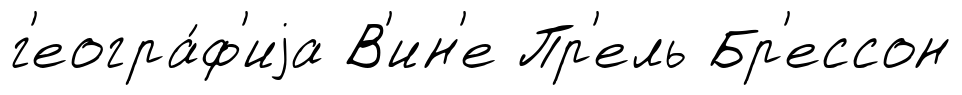
г'еогра́ф'иjа В'ин'е Пр'ель Бр'ессон